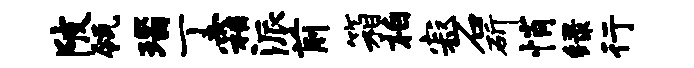
陂瓴瑙丁霜派前箱柏寂石斫悄绿行